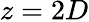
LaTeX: z=2D